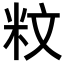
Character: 𥸹